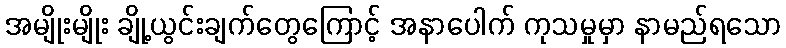
အမျိုးမျိုး ချို့ယွင်းချက်တွေကြောင့် အနာပေါက် ကုသမှုမှာ နာမည်ရသော